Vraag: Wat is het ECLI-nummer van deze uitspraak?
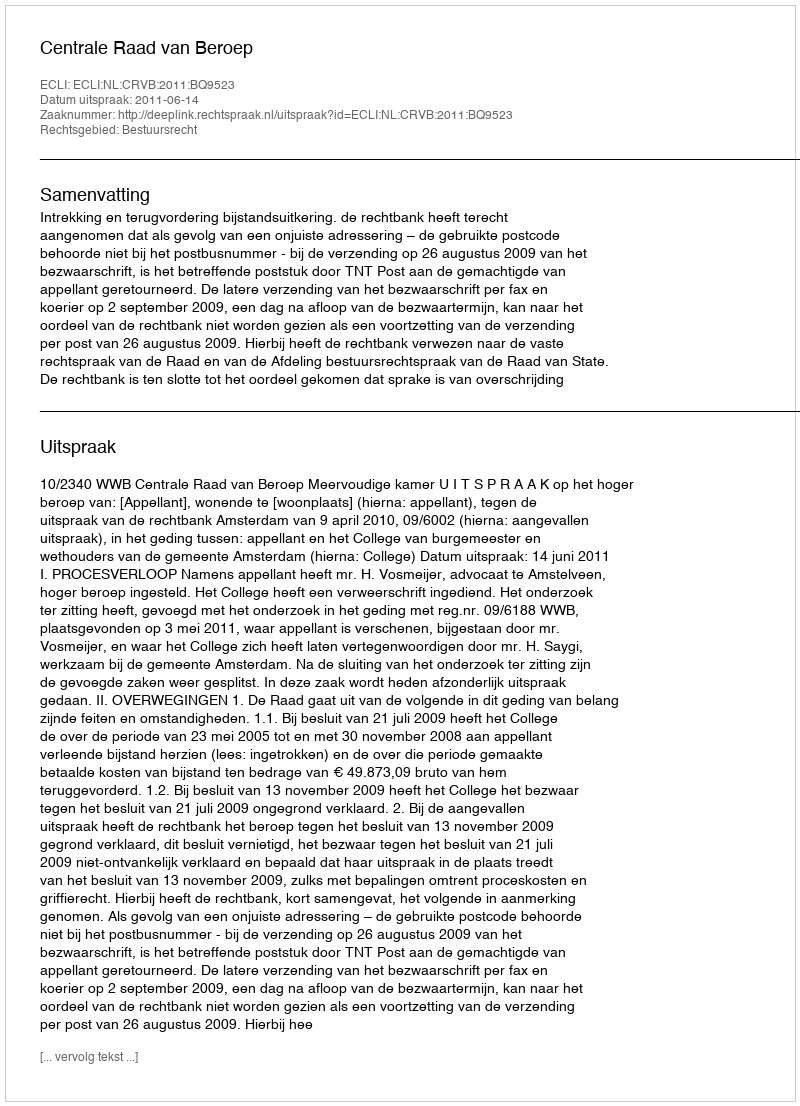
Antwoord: ECLI:NL:CRVB:2011:BQ9523